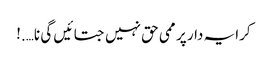
کرایہ دار پر ممی حق نہیں جتائیں گی نا….!